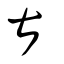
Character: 甚